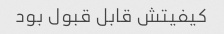
کیفیتش قابل قبول بود